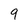
Character: 9